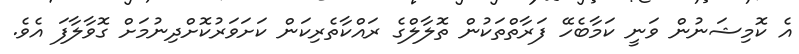
އެ ކޮމިޝަނުން ވަނީ ކަމާބެހޭ ފަރާތްތަކުން ތޮލާލްގެ ރައްކާތެރިކަން ކަށަވަރުކޮށްދިނުމަށް ގޮވާލާފަ އެވެ.